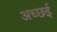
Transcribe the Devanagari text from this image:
अच्छई